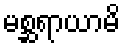
မစ္ဆရာယာမိ